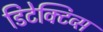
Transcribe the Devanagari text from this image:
डिटेक्टिव्स